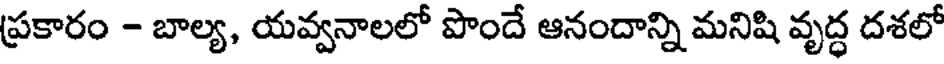
ప్రకారం - బాల్య, యవ్వనాలలో పొందే ఆనందాన్ని మనిషి వృద్ధ దశలో